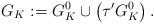
LaTeX: \begin{align*}G_K:=G^0_K \cup \left( \tau' G^0_K \right).\end{align*}